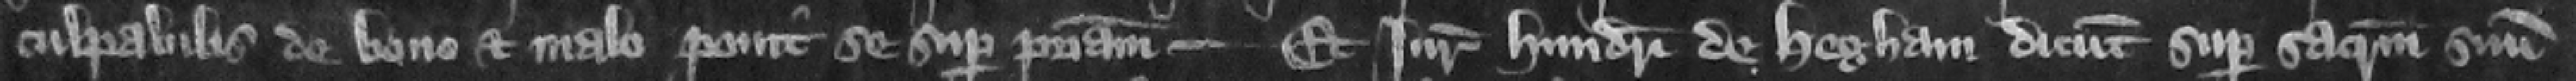
culpabilis de bono et malo ponit se super patriam. Et iuratores hundredi de Hegham dicunt super sacramentum sum